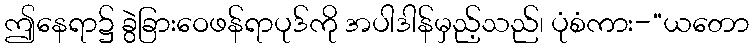
ဤနေရာ၌ ခွဲခြားဝေဖန်ရာပုဒ်ကို အပါဒါန်မှည့်သည်၊ ပုံစံကား-“ယတော